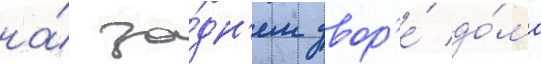
на́ за́дн'ем двор'е́ до́ма